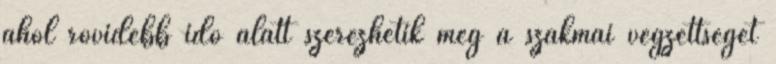
ahol rövidebb idő alatt szerezhetik meg a szakmai végzettséget